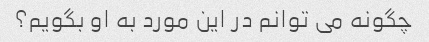
چگونه می توانم در این مورد به او بگویم؟